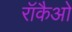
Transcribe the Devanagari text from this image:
रॉकैओ